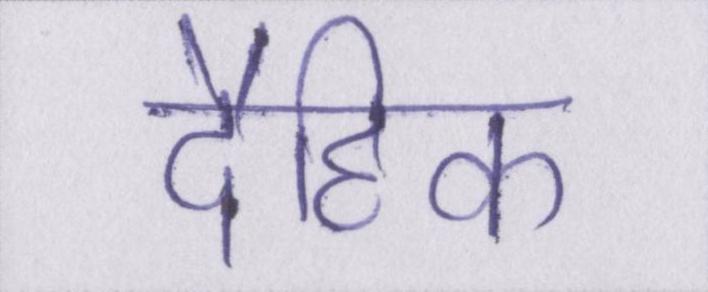
दैहिक